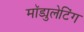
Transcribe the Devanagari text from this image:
मॉड्युलेटिंग